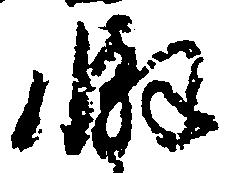
懈